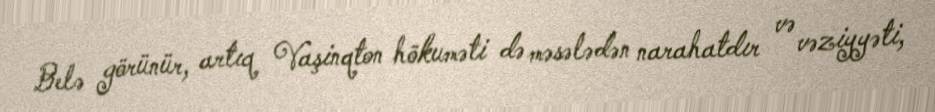
Belə görünür, artıq Vaşinqton hökuməti də məsələdən narahatdır və vəziyyəti,